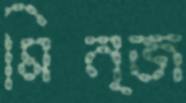
মিন্জ